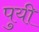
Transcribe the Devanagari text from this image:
पुयी